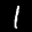
Label: 1